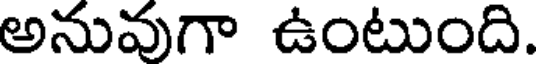
అనువుగా ఉంటుంది.